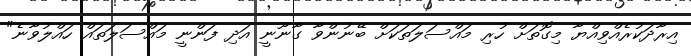
އިރާދަކުރެއްވިއްޔާ މިގޮތަށް ހުރި މައްސަލަތަކަށް ބޭނުންވާ ގާނޫނީ އަދި ފަންނީ މައްސަލަތައް ހައްލުވާނެ"